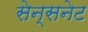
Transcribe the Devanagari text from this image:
सेन्सनेट